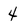
Character: 4